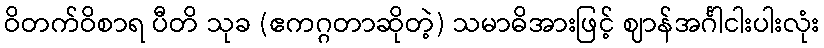
ဝိတက်ဝိစာရ ပီတိ သုခ (ဧကဂ္ဂတာဆိုတဲ့) သမာဓိအားဖြင့် ဈာန်အင်္ဂါငါးပါးလုံး